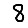
Digit: 8